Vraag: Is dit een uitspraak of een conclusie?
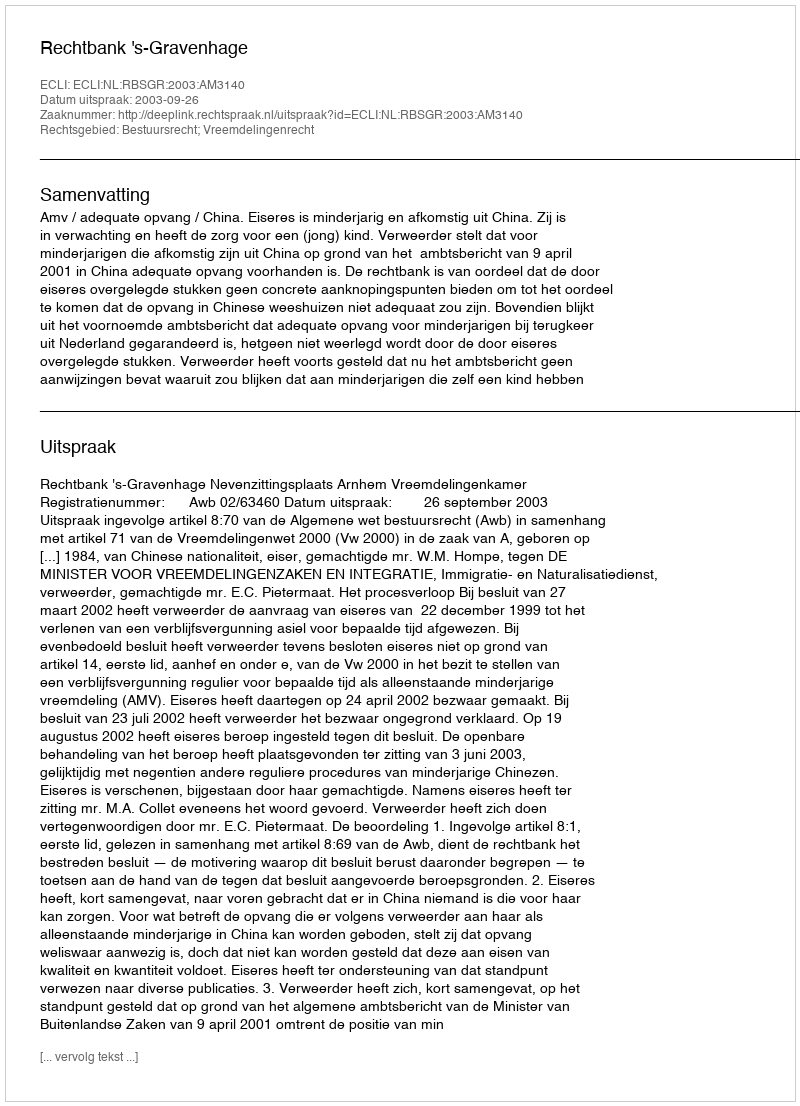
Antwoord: Uitspraak